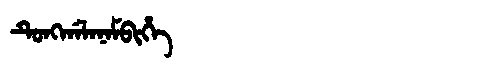
Manchu: ᡨᡠᠩᡤᠠᠯᠠᠨᠠᠮᠪᡳᡥᡝ
Romanization: TUNGGALANAMBIHE